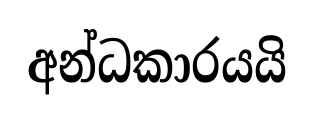
අන්ධකාරයයි